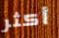
أكثر